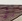
رأي